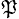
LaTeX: _\mathfrak{P}